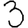
Digit: 3